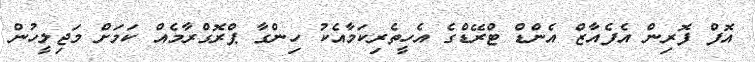
އޮފް ފޮރިން އެފެއާޒް އެންޑް ޓްރޭޑްގެ އެހީތެރިކަމާއެކު ހިންގާ ޕްރޮގްރާމެއް ކަމަށް މަޖިލީހުން